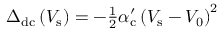
\begin{array} { r } { \Delta _ { \mathrm { d c } } \left( V _ { \mathrm { s } } \right) = - \frac { 1 } { 2 } \alpha _ { \mathrm { c } } ^ { \prime } \left( V _ { \mathrm { s } } - V _ { 0 } \right) ^ { 2 } } \end{array}